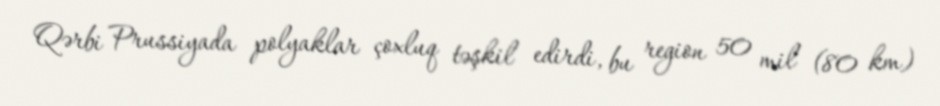
Qərbi Prussiyada polyaklar çoxluq təşkil edirdi, bu region 50 mil (80 km)